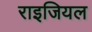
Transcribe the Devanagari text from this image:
राइजियल